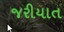
જરીયાત